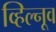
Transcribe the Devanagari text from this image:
व्हिल्नूव